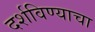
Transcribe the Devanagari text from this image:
दर्शविण्याचा